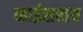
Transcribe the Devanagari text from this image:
व्हाईसराय